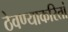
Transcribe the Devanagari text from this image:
ठेवण्याकरितां